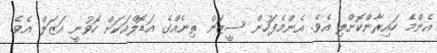
އެންމެ ހައިރާންކޮށްލި އެވެ. އެންމެފަހުން ސީޒަން ތިނެއްގެ އަޑޮލްއަކަށް ހޮވުނީ އަޒަލް އެވެ.